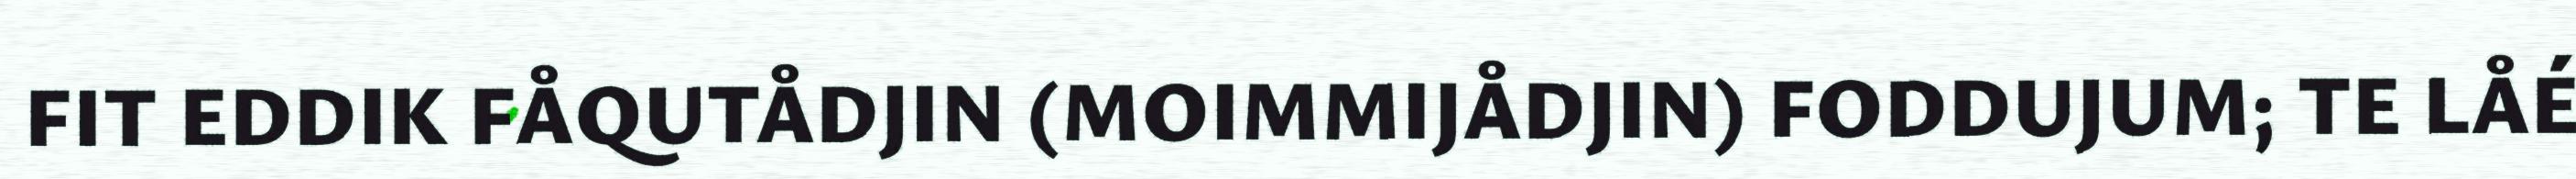
FIT EDDIK FÅQUTÅDJIN (MOIMMIJÅDJIN) FODDUJUM; TE LÅÉ